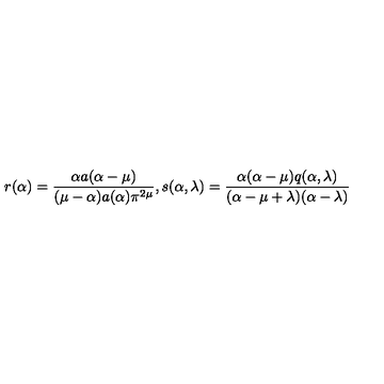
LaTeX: r ( \alpha ) = \frac { \alpha a ( \alpha - \mu ) } { ( \mu - \alpha ) a ( \alpha ) \pi ^ { 2 \mu } } { } , s ( \alpha , \lambda ) = \frac { \alpha ( \alpha - \mu ) q ( \alpha , \lambda ) } { ( \alpha - \mu + \lambda ) ( \alpha - \lambda ) }